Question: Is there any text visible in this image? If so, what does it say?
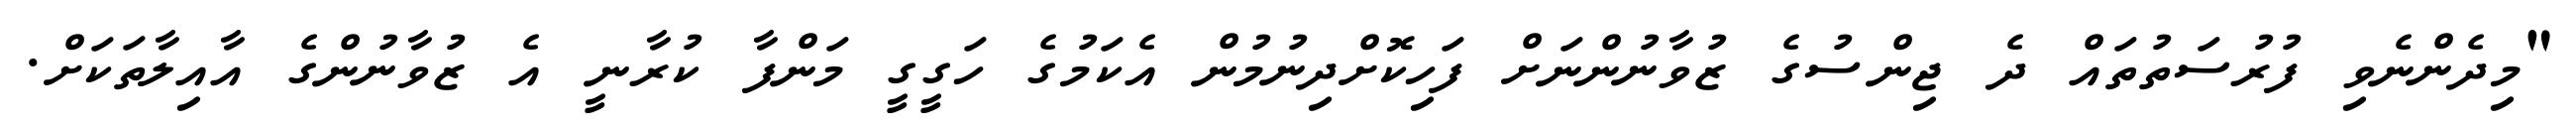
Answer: "މިދެންނެވި ފުރުސަތުތައް ދެ ޖިންސުގެ ޒުވާނުންނަށް ފަހިކޮށްދިނުމުން އެކަމުގެ ހަގީގީ މަންފާ ކުރާނީ އެ ޒުވާނުންގެ އާއިލާތަކަށް.